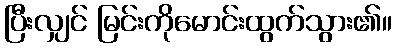
ပြီးလျှင် မြင်းကိုမောင်းထွက်သွား၏။